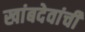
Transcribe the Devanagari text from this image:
खांबदेवांची